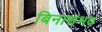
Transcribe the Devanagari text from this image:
बिनासंभव